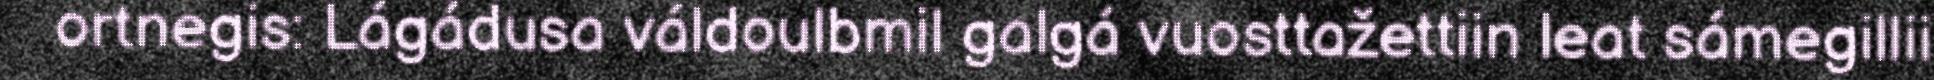
ortnegis: Lágádusa váldoulbmil galgá vuosttažettiin leat sámegillii